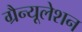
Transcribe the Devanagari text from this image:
ग्रैन्यूलेशन